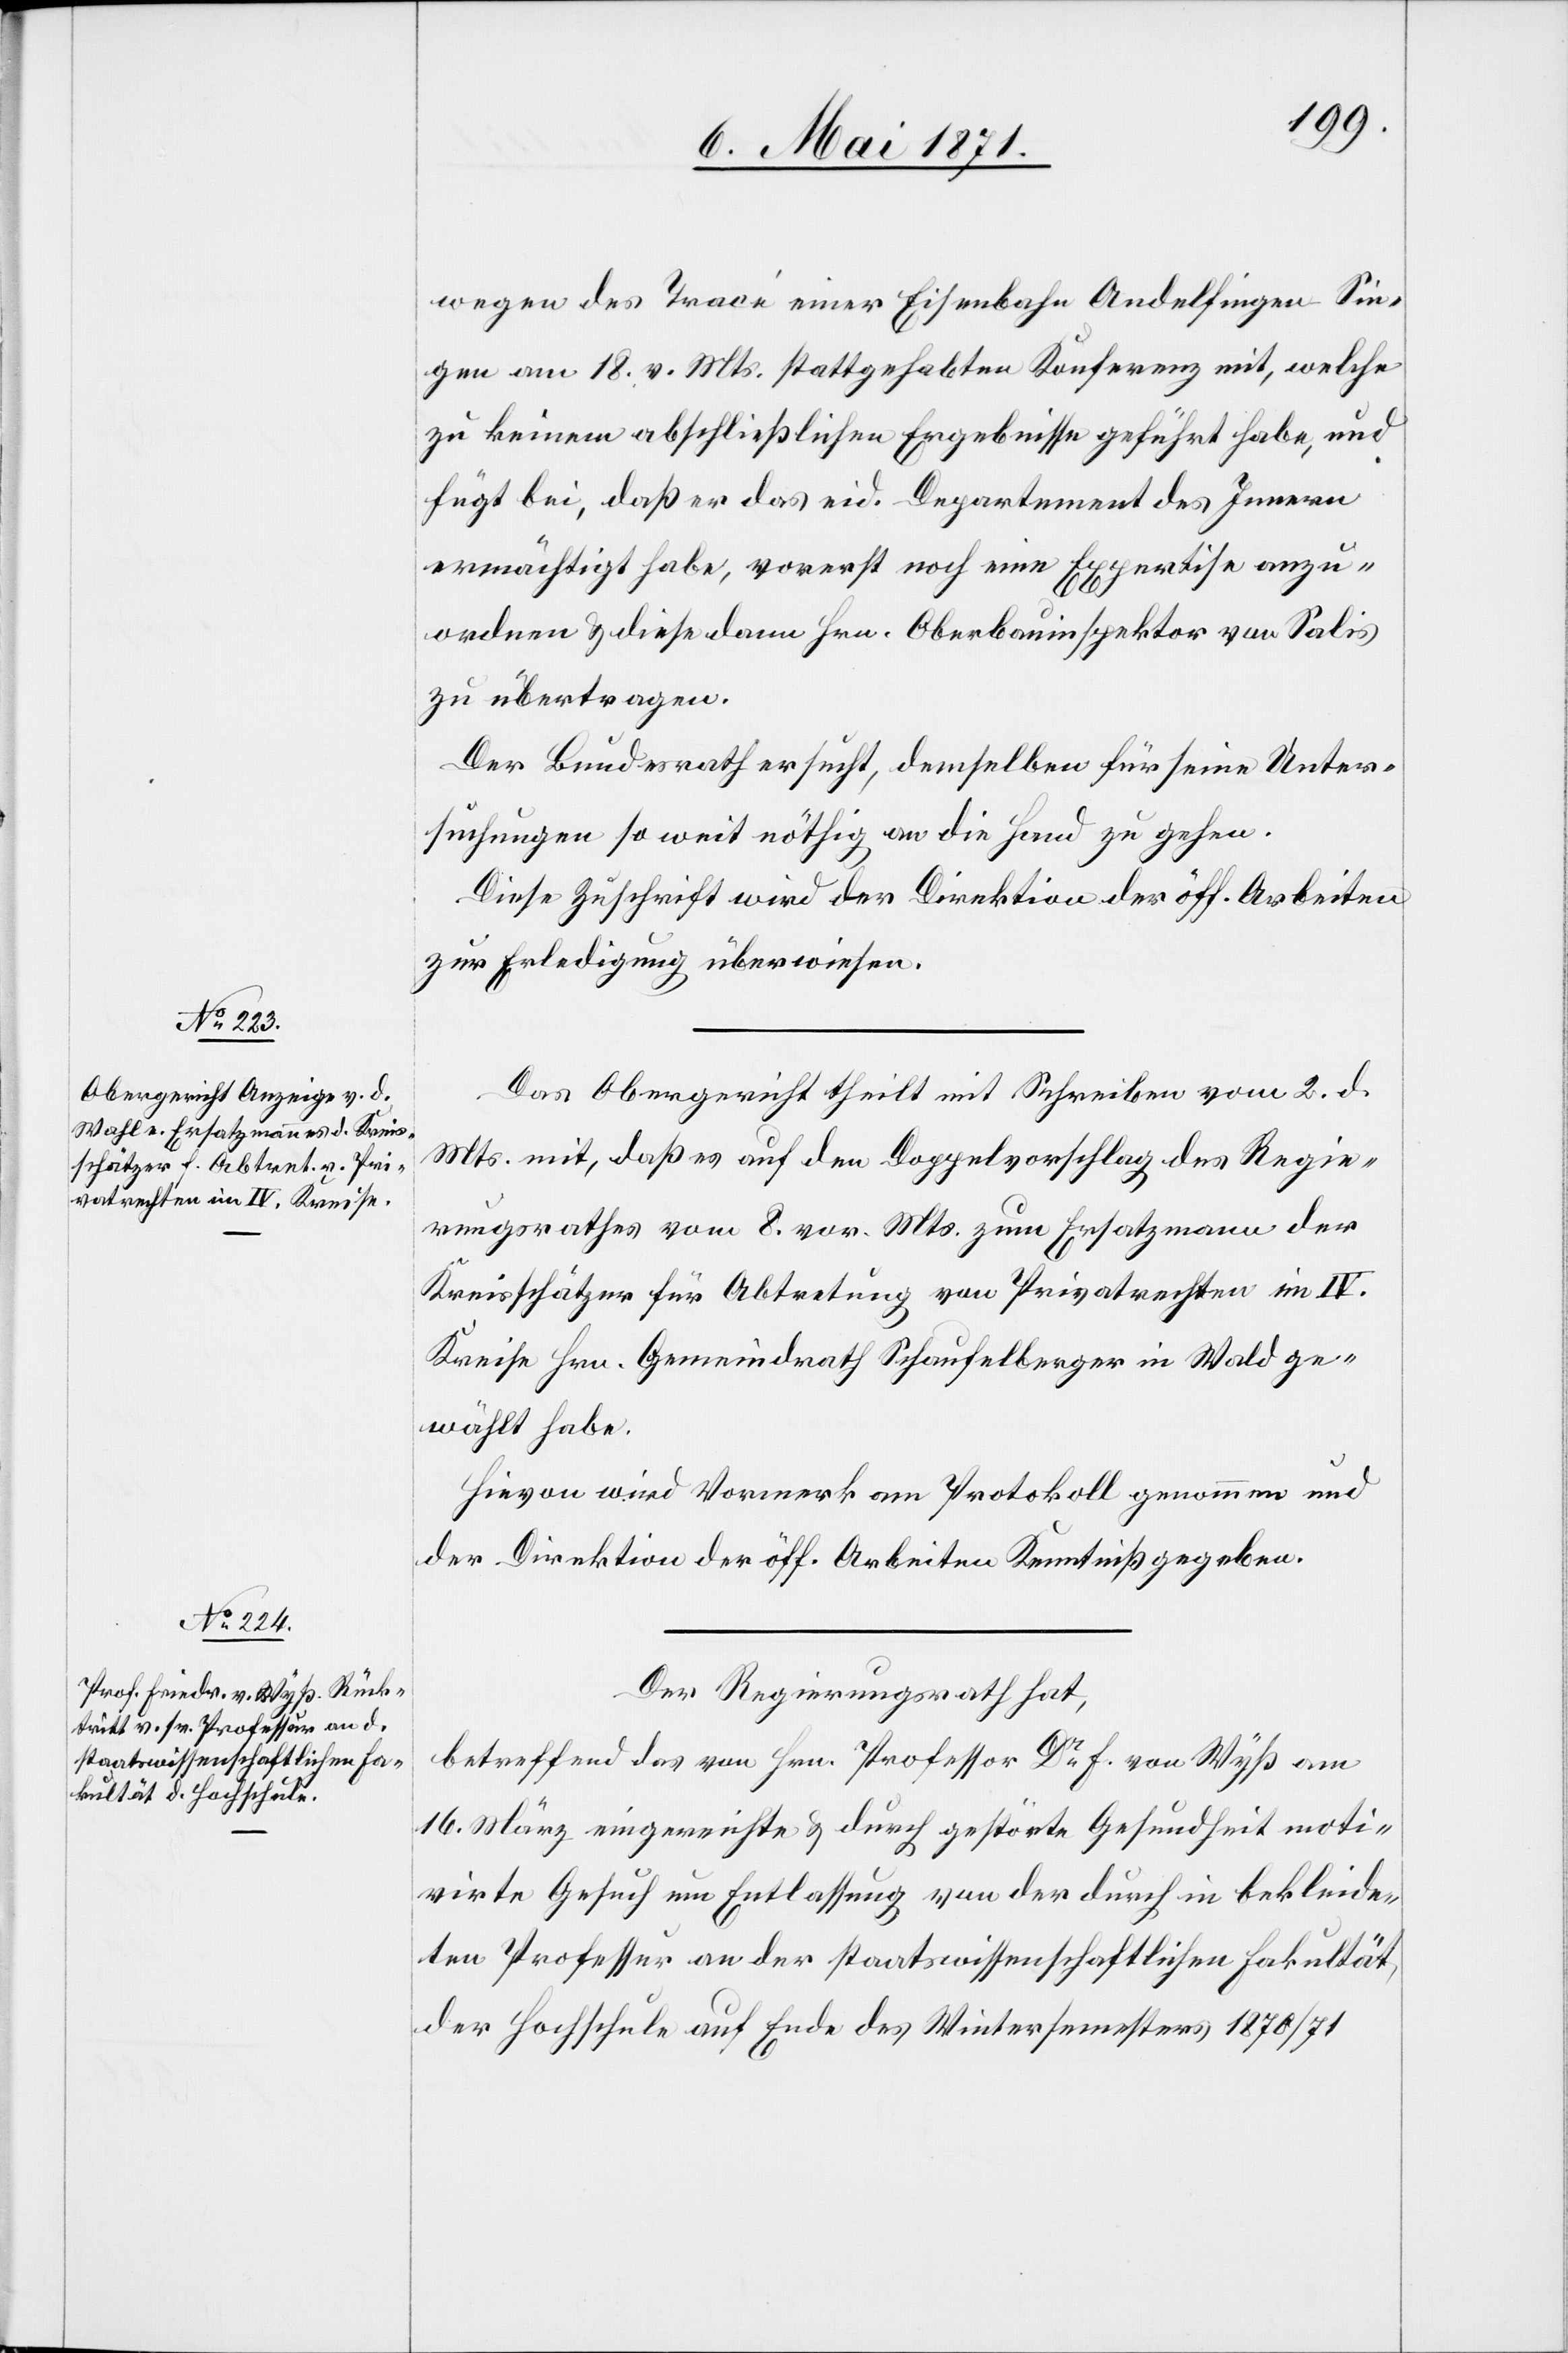
wegen des Tracé einer Eisenbahn Andelfingen Sin¬
gen am 18. v. Mts. stattgehabten Konferenz mit, welche
zu keinem abschließlichen Ergebnisse geführt habe, und
fügt bei, daß er das eid. Departement des Innern
ermächtigt habe, vorerst noch eine Expertise anzu¬
ordnen u. diese dann Hrn. Oberbauinspektor von Salis
zu übertragen.
Der Bundesrath ersucht, demselben für seine Unter¬
suchungen so weit nöthig an die Hand zu gehen.
Diese Zuschrift wird der Direktion der öff. Arbeiten
zur Erledigung überwiesen.
Das Obergericht theilt mit Schreiben vom 2. d.
Mts. mit, daß es auf den Doppelvorschlag des Regie¬
rungsrathes vom 8. vor. Mts. zum Ersatzmann der
Kreisschätzer für Abtretung von Privatrechten im IV.
Kreise Hrn. Gemeindrath Schaufelberger in Wald ge¬
wählt habe.
Hievon wird Vormerk am Protokoll genommen und
der Direktion der öff. Arbeiten Kenntniß gegeben.
Der Regierungsrath hat,
betreffend das von Hrn. Professor Dr. F. von Wyß am
16. März eingereichte u. durch gestörte Gesundheit moti¬
virte Gesuch um Entlassung von der durch in [sic!] bekleide¬
ten Professur an der staatswissenschaftlichen Fakultät,
der Hochschule auf Ende des Wintersemesters 1870/71